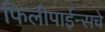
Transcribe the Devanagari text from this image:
फिलीपाईन्सचे